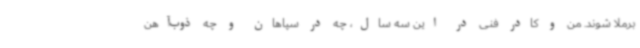
برملا شوند. من و کادر فنی در این سه سال، چه در سپاهان و چه ذوب‌آهن